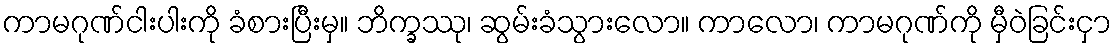
ကာမဂုဏ်ငါးပါးကို ခံစားပြီးမှ။ ဘိက္ခဿု၊ ဆွမ်းခံသွားလော။ ကာလော၊ ကာမဂုဏ်ကို မှီဝဲခြင်းငှာ